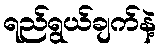
ရည်ရွယ်ချက်နဲ့